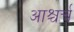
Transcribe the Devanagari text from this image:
आश्चर्च